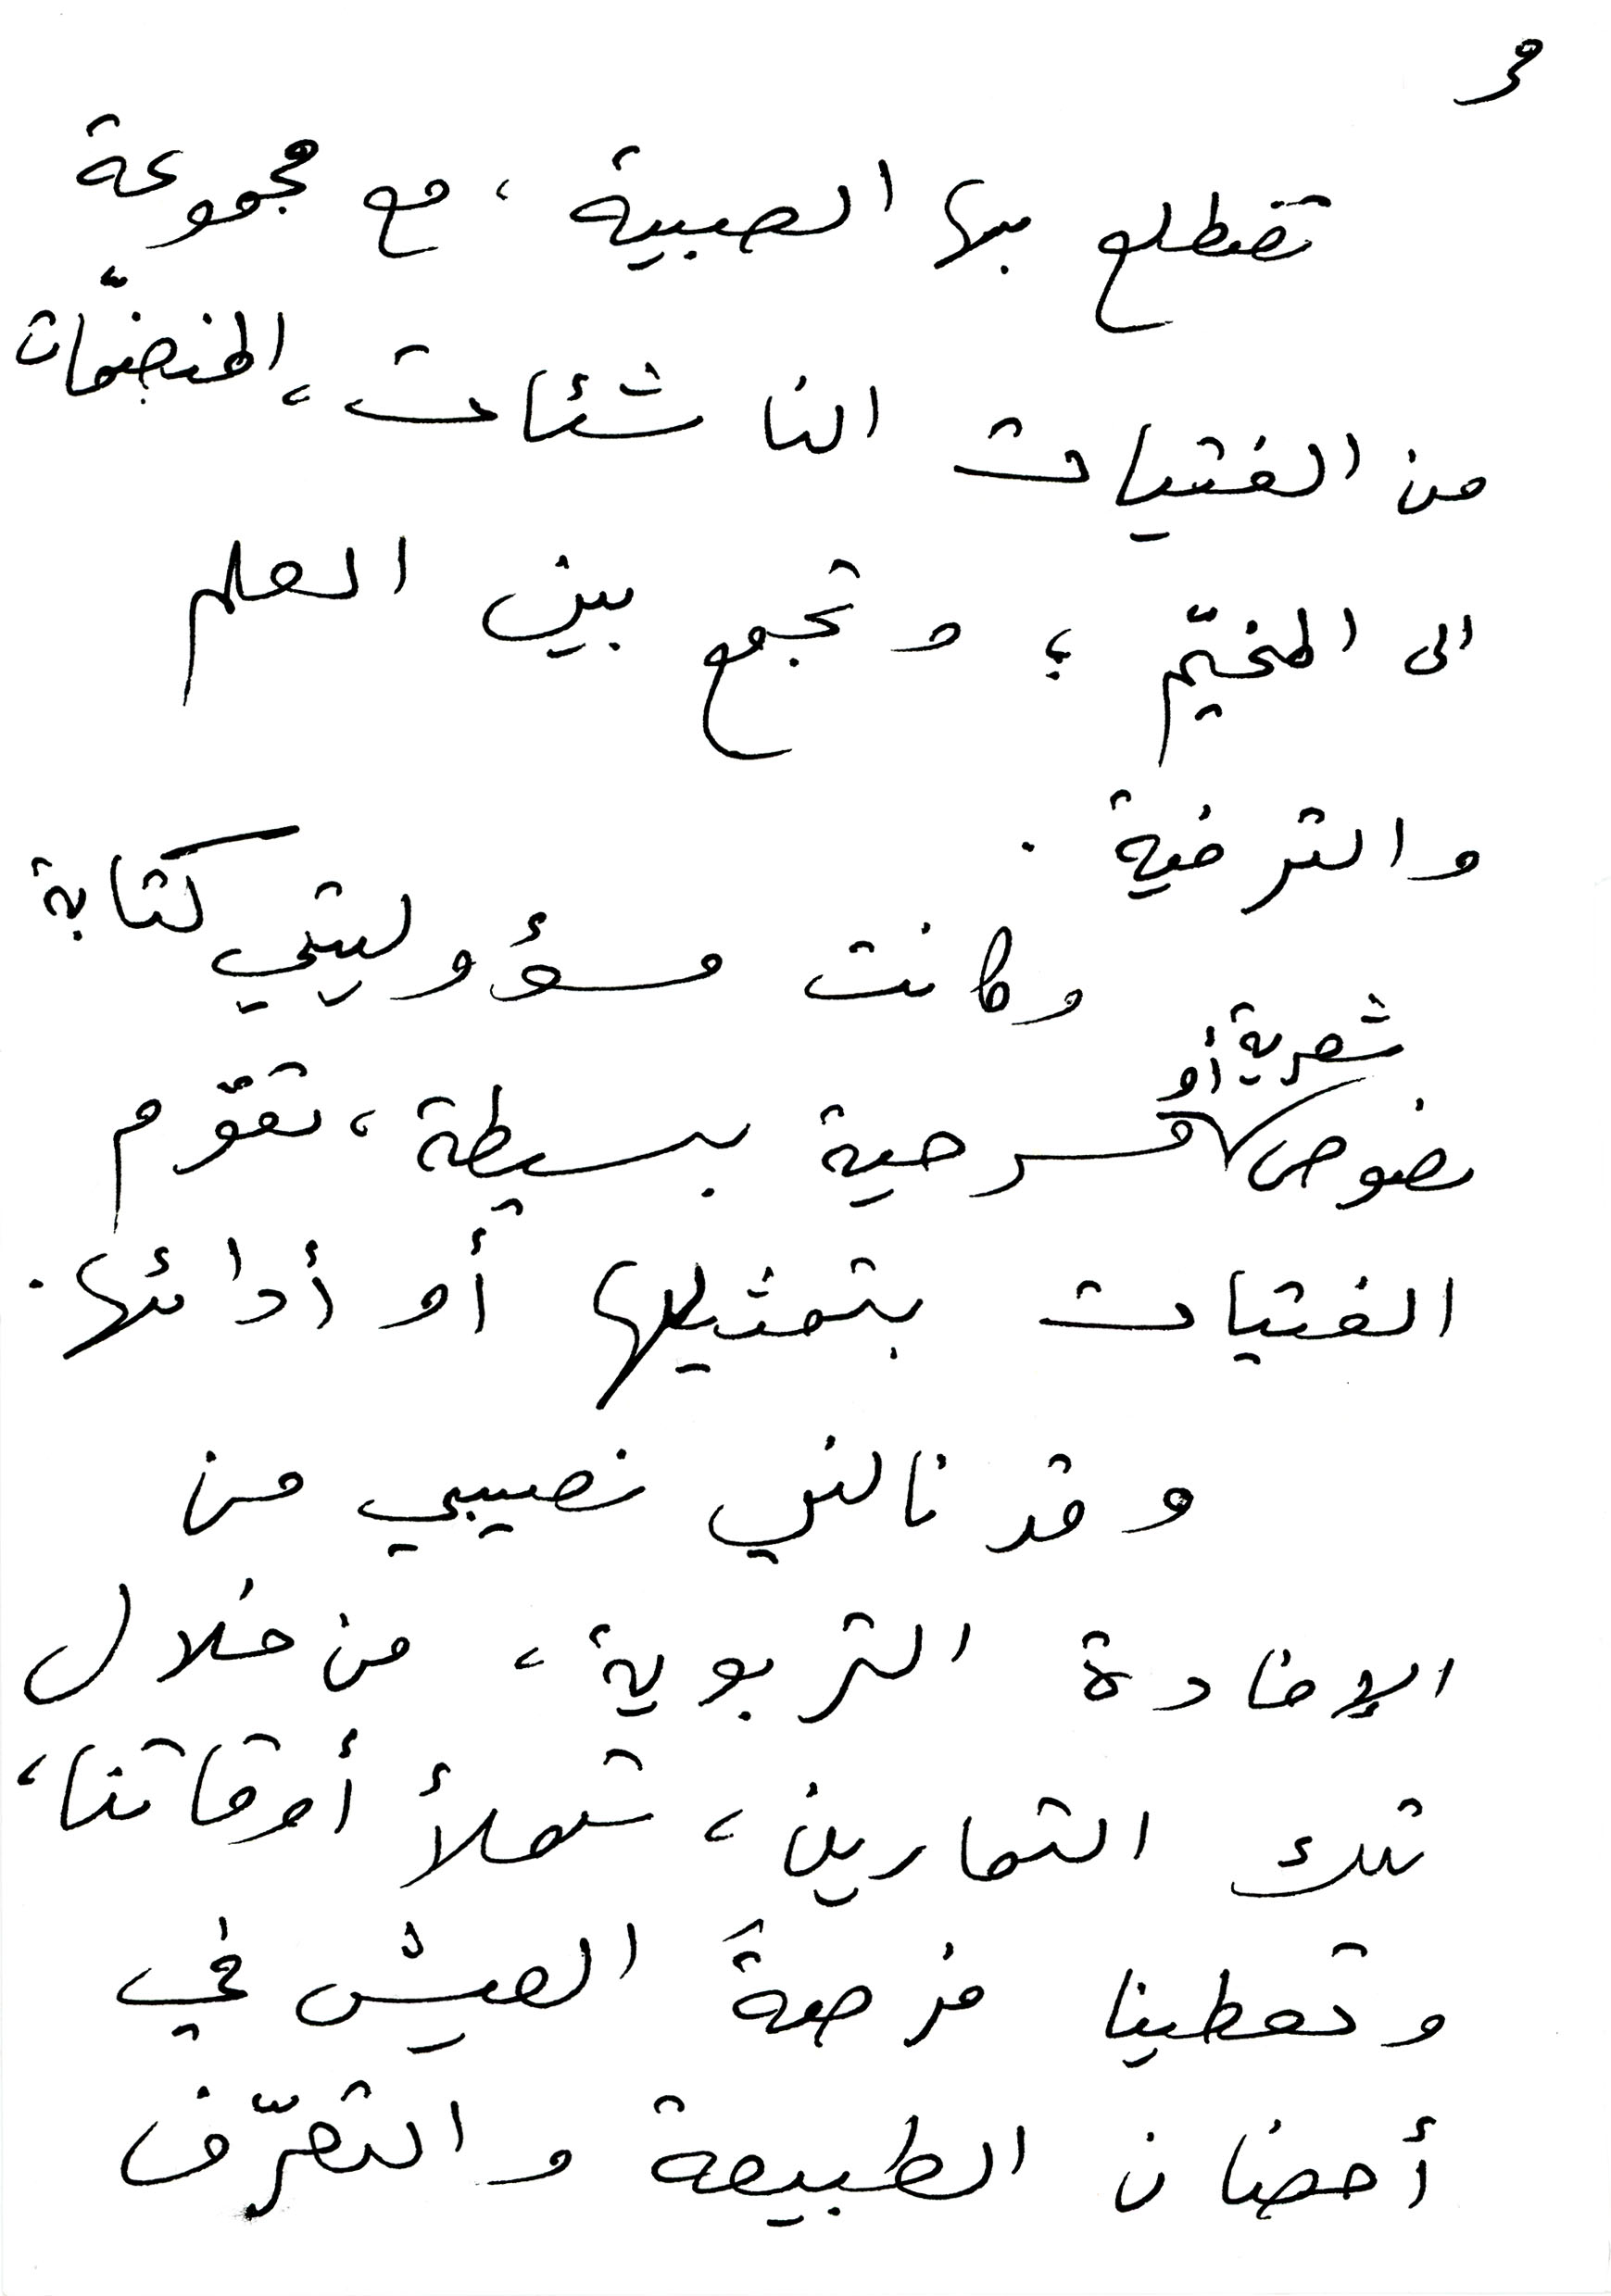
تضطلع بها الصبية، مع مجموعة
من الفتيات الناشئات، المنضمّات
3
الى المخيّم؛ وتجمع بين العلم
والترفية.
نصوص شعرية أو مسرحية بسيطة، تقوم
وكانت مسؤوليتي كتابة
الفتيات بتمثيلها أو أدائها.
وقد نالني نصيبي من
الإفادة التربوية، من خلال
تلك التمارين، تملأ أوقاتنا،
وتعطينا فرصةَ العيش في
أحضان الطبيعة والتعرّف